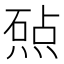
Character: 𬊲